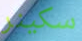
سكينر